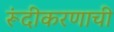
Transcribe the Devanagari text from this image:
रूंदीकरणाची